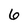
Character: 6